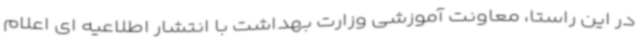
در این راستا، معاونت آموزشی وزارت بهداشت با انتشار اطلاعیه ای اعلام